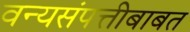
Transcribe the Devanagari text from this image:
वन्यसंपत्तीबाबत